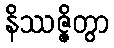
နိဿဇ္ဇိတွာ